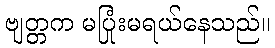
ဗျတ္တက မပြုံးမရယ်နေသည်။